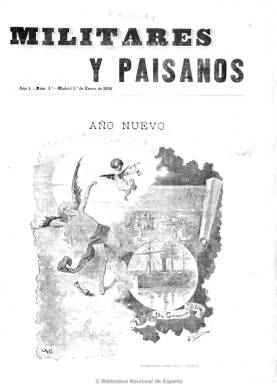
Título: Militares y paisanos
Colección: Fuerzas armadas || Revistas de información general
Ámbito geográfico: Madrid
Lugar de publicación: Madrid
Fechas: 01/01/1896-20/12/1896

Semanario que aparecía los domingos como suplemento ilustrado de carácter festivo de La correspondencia militar (1877-1932), un diario de naturaleza corporativista militar y política. Publica un total de 52 números durante todo el año 1896. Un grabado ocupa la portada de cada número de ocho páginas, en donde no faltan las caricaturas de líderes de los partidos políticos de la Restauración. Incluye en su interior otras caricaturas del mismo tenor, obra del dibujante S.J. Suárez, así como tiras cómica, firmadas por Miguel Ángel. Sus textos comienzan con una crónica, al principio firmadas por Ignotus y después por Pepe Cobos, haciendo referencia este último seudónimo al antiguo periódico satírico El padre Cobos (1854-1856 y 1869). Esta sección, además de la titulada Tiroteo, bajo la firma del también seudónimo San Rafael, comentaba cuestiones de actualidad política o de la guerra colonial española.

Además de sonetos, epigramas y otras composiciones poéticas, inserta otros textos de creación, de crítica teatral o información bibliográfica. Colaboran, entre otros Federico Madariaga (Cambio de frente), Leopoldo Alas Clarín (Carne de crítico), Ceferino Palencia (De actualidad), Manuel del Palacio (Cuento), Antonio Sánchez Pérez (¡Abajo los estrenos!), así como Leopoldo Cano, Luis Paris, Antonio Paso, Miguel de Labadía y Manuel Soriano.